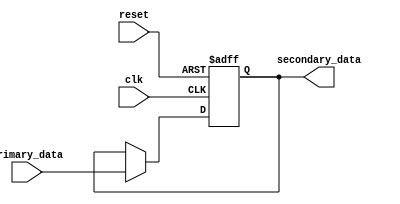
module Fallback_Bypass_register (
    input wire clk,
    input wire reset,
    input wire primary_data,
    output reg secondary_data
);

reg fallback_register;

always @(posedge clk or posedge reset) begin
    if (reset) begin
        fallback_register <= 0;
    end else begin
        if (timing_violation_occurred) begin
            fallback_register <= primary_data;
        end
    end
end

assign secondary_data = fallback_register;

endmodule